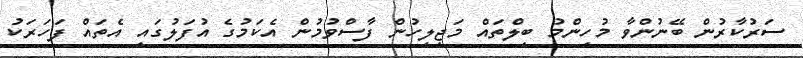
ސަރުކާރުން ބޭނުންވާ މުހިންމު ބިލްތައް މަޖިލިހުން ފާސްވުމުން އެކަމުގެ އުފަލުގައި އެތައް ފަހަރަކު